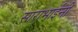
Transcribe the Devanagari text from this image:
साराभाईनी